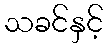
သခင်နှင့်